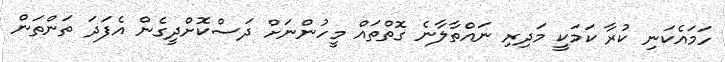
ހަމައެކަނި ކުރާ ކަމަކީ މަދިރި ނައްތާލާނެ ގޮތްތައް މީހުންނަށް ދަސްކޮށްދީގެން އެފަދަ ތަންތަން